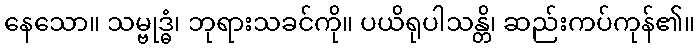
နေသော။ သမ္ဗုဒ္ဓံ၊ ဘုရားသခင်ကို။ ပယိရုပါသန္တိ၊ ဆည်းကပ်ကုန်၏။